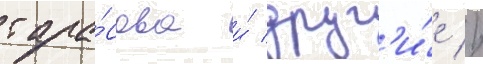
тара́сова и́ друг'и́е //